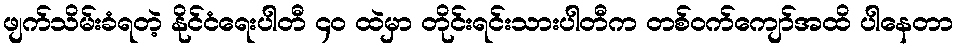
ဖျက်သိမ်းခံရတဲ့ နိုင်ငံရေးပါတီ ၄၀ ထဲမှာ တိုင်းရင်းသားပါတီက တစ်ဝက်ကျော်အထိ ပါနေတာ